Annual report of the Punjab Veterinary College and of the Civil Veterinary Department, Punjab - 1894-1908
Year: 1894
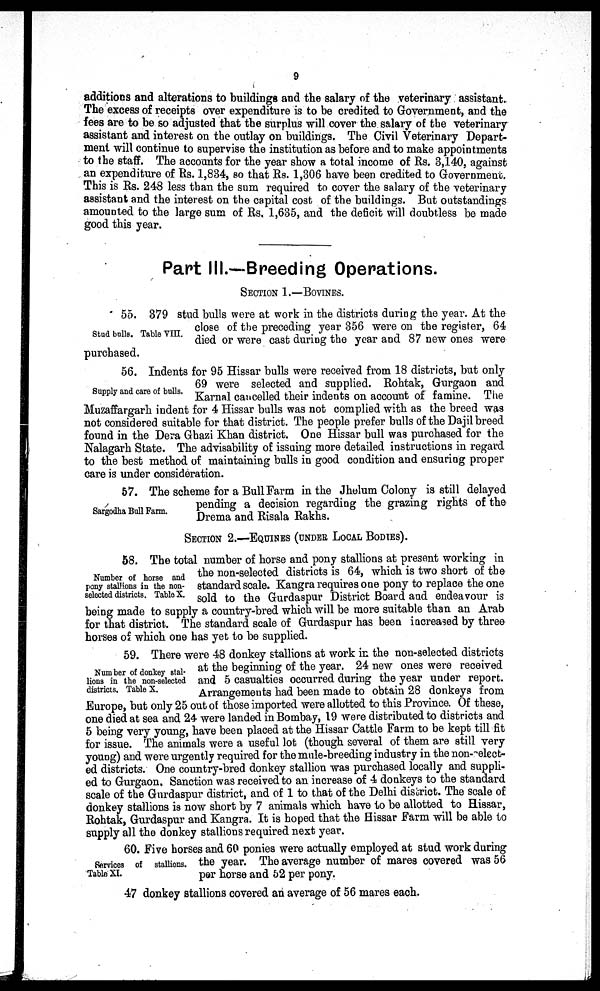
9
additions and alterations to buildings and the salary of the veterinary assistant.
The excess of receipts over expenditure is to be credited to Government, and the
fees are to be so adjusted that the surplus will cover the salary of the veterinary
assistant and interest on the outlay on buildings. The Civil Veterinary Depart-
ment will continue to supervise the institution as before and to make appointments
to the staff. The accounts for the year show a total income of Rs. 3,140, against
an expenditure of Rs. 1,834, so that Rs. 1,306 have been credited to Government.
This is Rs. 248 less than the sum required to cover the salary of the veterinary
assistant and the interest on the capital cost of the buildings. But outstandings
amounted to the large sum of Rs, 1,635, and the deficit will doubtless be made
good this year.
Part III.—Breeding Operations.
SECTION 1.—BOVINES.
Stud bulls. Table VIII.
55. 379 stud bulls were at work in the districts during the year. At the
close of the preceding year 356 were on the register, 64
died or were cast during the year and 87 new ones were
purchased.
Supply and care of bulls.
56. Indents for 95 Hissar bulls were received from 18 districts, but only
69 were selected and supplied. Rohtak, Gurgaon and
Karnal cancelled their indents on account of famine. The
Muzaffargarh indent for 4 Hissar bulls was not complied with as the breed was
not considered suitable for that district. The people prefer bulls of the Dajil breed
found in the Dera Ghazi Khan district. One Hissar bull was purchased for the
Nalagarh State. The advisability of issuing more detailed instructions in regard
to the best method of maintaining bulls in good condition and ensuring proper
care is under consideration.
Sargodha Bull Farm.
57. The scheme for a Bull Farm in the Jhelum Colony is still delayed
pending a decision regarding the grazing rights of the
Drema and Risala Rakhs.
SECTION 2.—EQUINES (UNDER LOCAL BODIES).
Number of horse and
pony stallions in the non-
selected districts. Table X.
58. The total number of horse and pony stallions at present working in
the non-selected districts is 64, which is two short of the
standard scale. Kangra requires one pony to replace the one
sold to the Gurdaspur District Board and endeavour is
being made to supply a country-bred which will be more suitable than an Arab
for that district. The standard scale of Gurdaspur has been increased by three
horses of which one has yet to be supplied.
Number of donkey stal-
lions in the non-selected
districts. Table X.
59. There were 48 donkey stallions at work in the non-selected districts
at the beginning of the year. 24 new ones were received
and 5 casualties occurred during the year under report.
Arrangements had been made to obtain 28 donkeys from
Europe, but only 25 out of those imported were allotted to this Province. Of these,
one died at sea and 24 were landed in Bombay, 19 were distributed to districts and
5 being very young, have been placed at the Hissar Cattle Farm to be kept till fit
for issue. The animals were a useful lot (though several of them are still very
young) and were urgently required for the mule-breeding industry in the non-select-
ed districts. One country-bred donkey stallion was purchased locally and suppli-
ed to Gurgaon. Sanction was received to an increase of 4 donkeys to the standard
scale of the Gurdaspur district, and of 1 to that of the Delhi district. The scale of
donkey stallions is now short by 7 animals which have to be allotted to Hissar,
Rohtak, Gurdaspur and Kangra. It is hoped that the Hissar Farm will be able to
supply all the donkey stallions required next year.
Services of stallions.
Table XI.
60. Five horses and 60 ponies were actually employed at stud work during
the year. The average number of mares covered was 56
per horse and 52 per pony.
47 donkey stallions covered an average of 56 mares each.